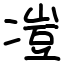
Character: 凒